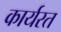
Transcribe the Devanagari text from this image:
कार्यरत